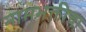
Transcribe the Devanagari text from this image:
नामभक्तीचा